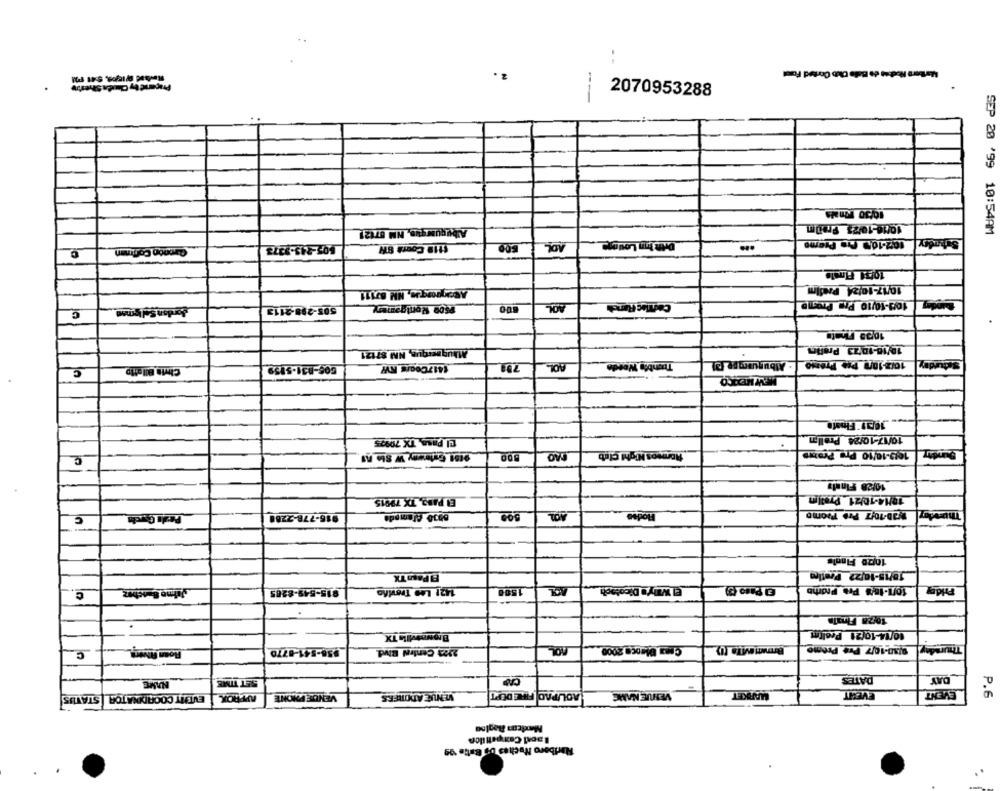
Praceicty Chunda Shetty
2070953288
--
10/30 Finals
Albuquerque, NM 87121
$119 Cours SW_
102-101 Cup Preme
Saturday
SEP 20 '99 10:54AM
Gronon Coffman
605-245-9273
10034 Finale
10/17-10/24 Predlm
10/3-10/10 Pre Progno
Sondon Sel Igman
505-298-2113
Psoe Wontgamery
AOL
Callac Ranch
C
18/16-10/23 Prelims
Mbugnerque, NM 87121
708
AOL
Thunb's Weeds
Albuquerg pe (2)
10/2-10/ PI+ Pra200
Saturday
C
10/17-10/24 Prelim
El Paso, TX 79995
Romeos Night Club
1019-10/10 Pre Promus
Dundry
C
9101 Golmwny W Sto nf
NAO
10/28 Finais
EN PASS, TX 79915
10/14-10/21 Prallm
Pezlı Corch
916-778-2288
0030 Clamado
500
Hodes
30-10/7 Pas Promo
Thursday
C
1000 Finale
A Pasa TX
18/15-10/22 Pratica
C.
915-549-8265
1421 Les Treviño
1500
AOL
El Willys Dicotoph
10/1-10/8 Pra Promo
Friday
10/28 Finals
.
10/14-10/21 Prelim
Roan Novoy
$56-541-8770
2323 Central Bivd.
Casa Blanca 2000
9/30-10/7 Pre Preme
Thursday
C
SET TIME
CAD
DATES
DAY
NAME
APPROX |EVENT COORDINATOR STATUS
VENDE PHONE
VENUE ATOTIFRS
FIRE DOPT
ADLIPAO
VENUE NAME
MARKET
EVENIT
EVENT
P.6
Marlboro Noches up Balie '99